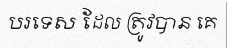
បរទេស ដែល ត្រូវបាន គេ